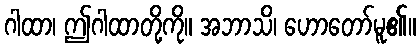
ဂါထာ၊ ဤဂါထာတို့ကို။ အဘာသိ၊ ဟောတော်မူ၏။